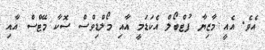
އެވެ. އެއީ މާޒިޔާ ފުޓްބޯލް އެކަޑަމީ އާއި މޯލްޑިވްސް ސޮކާ މޭޓްސް އާއި